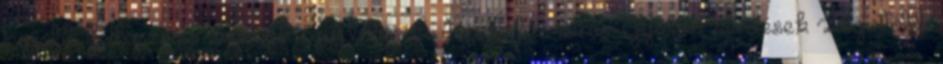
legjobb felhasználói élményt nyújthassuk. Részletes leírás. Gyakori kérdések Legutóbb